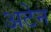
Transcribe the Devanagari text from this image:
अटेन